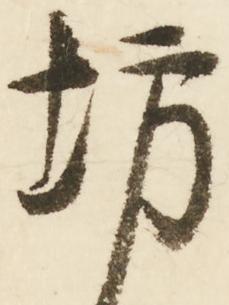
坊